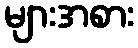
များအစား